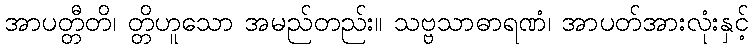
အာပတ္တီတိ၊ တ္တိဟူသော အမည်တည်း။ သဗ္ဗသာဓာရဏံ၊ အာပတ်အားလုံးနှင့်